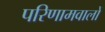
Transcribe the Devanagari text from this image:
परिणामवालों